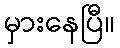
မှားနေပြီ။